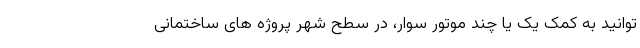
توانید به کمک یک یا چند موتور سوار، در سطح شهر پروژه های ساختمانی